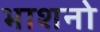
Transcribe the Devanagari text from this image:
भाशनो